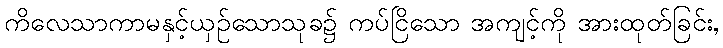
ကိလေသာကာမနှင့်ယှဉ်သောသုခ၌ ကပ်ငြိသော အကျင့်ကို အားထုတ်ခြင်း,